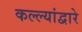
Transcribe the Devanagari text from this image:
कल्ल्यांद्वारे